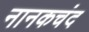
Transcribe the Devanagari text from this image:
नानकचंद